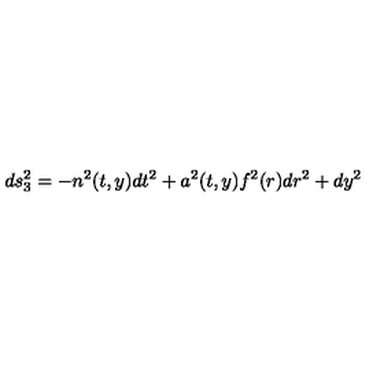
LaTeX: d s _ { 3 } ^ { 2 } = - n ^ { 2 } ( t , y ) d t ^ { 2 } + a ^ { 2 } ( t , y ) f ^ { 2 } ( r ) d r ^ { 2 } + d y ^ { 2 }